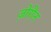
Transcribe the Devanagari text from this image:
ज़ोरीन